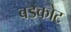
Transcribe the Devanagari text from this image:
बडकोट